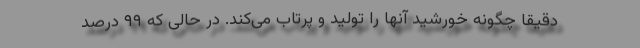
دقیقا چگونه خورشید آنها را تولید و پرتاب می‌کند. در حالی که ۹۹ درصد